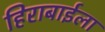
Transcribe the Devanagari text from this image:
हिराबाईला